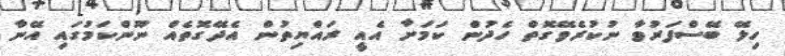
ހިލޭ ބޭސްފަރުވާ ނުކުރެވޭގޮތް ހެދުން ކަމަށާ އެއީ ރައްޔިތުން އެދޭގޮތެއް ނޫންކަމުގައި އޭނާ